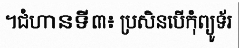
។ជំហានទី៣៖ ប្រសិនបើកុំព្យូទ័រ